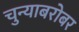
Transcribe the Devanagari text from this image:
चुन्याबरोबर